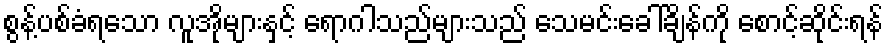
စွန့်ပစ်ခံရသော လူအိုများနှင့် ရောဂါသည်များသည် သေမင်းခေါ်ချိန်ကို စောင့်ဆိုင်းရန်